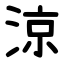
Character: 涼